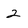
Character: 2